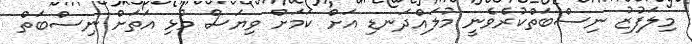
މިލަފުޒު ނިސްބަތްކުރެވެނީ މުލައްދަނޑި އަށް ކަމަށް ވިޔަސް މުޅި އަތަށް ނިސްބަތް